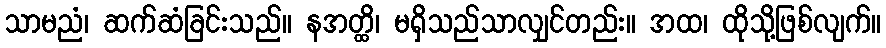
သာမညံ၊ ဆက်ဆံခြင်းသည်။ နအတ္ထိ၊ မရှိသည်သာလျှင်တည်း။ အထ၊ ထိုသို့ဖြစ်လျက်။